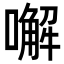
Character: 𠿇